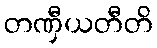
တဏှီယတီတိ